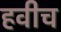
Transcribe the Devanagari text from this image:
हवीच